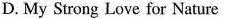
D. My Strong Love for Nature